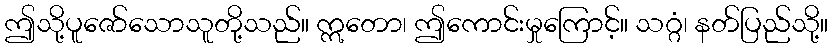
ဤသို့ပူဇော်သောသူတို့သည်။ ဣတော၊ ဤကောင်းမှုကြောင့်။ သဂ္ဂံ၊ နတ်ပြည်သို့။